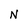
Character: N